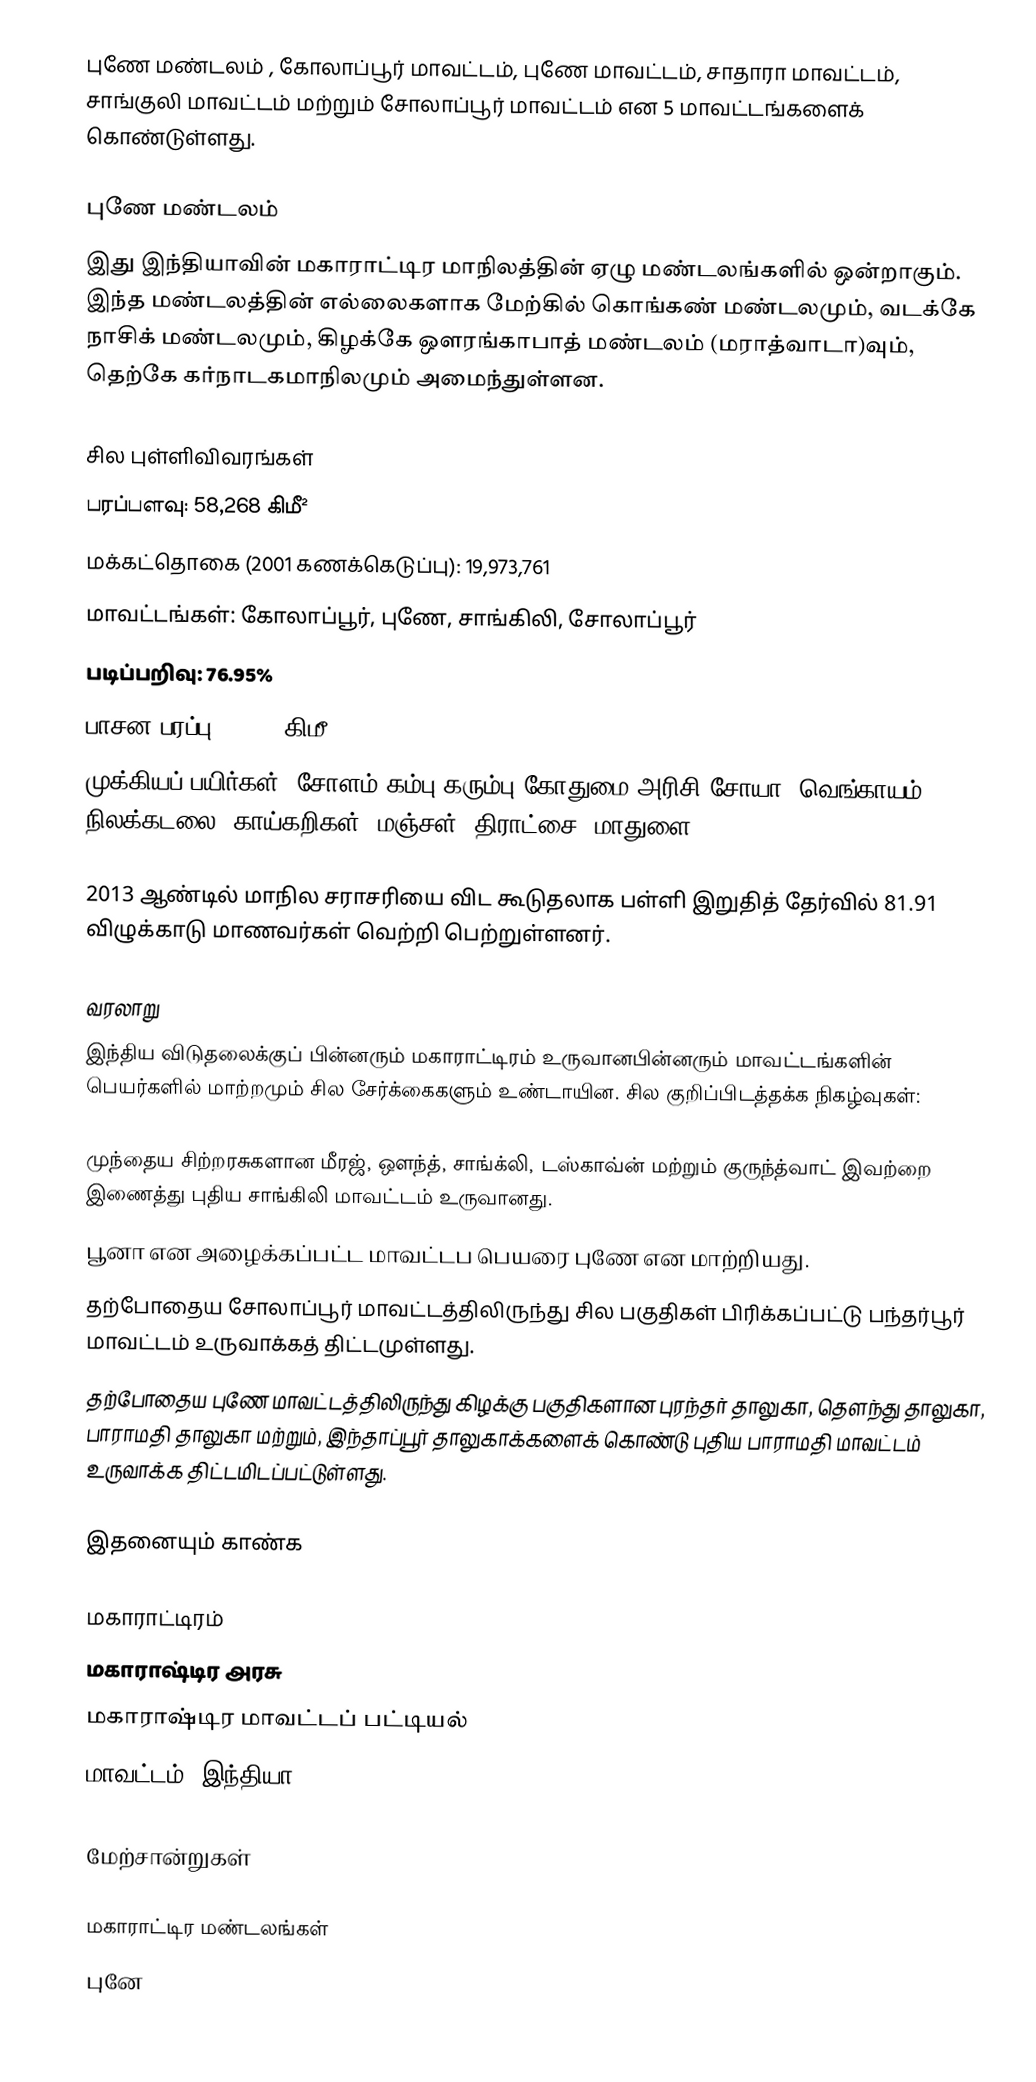
புணே மண்டலம் , கோலாப்பூர் மாவட்டம், புணே மாவட்டம், சாதாரா மாவட்டம், சாங்குலி மாவட்டம் மற்றும் சோலாப்பூர் மாவட்டம் என 5 மாவட்டங்களைக் கொண்டுள்ளது.

புணே மண்டலம்
இது இந்தியாவின் மகாராட்டிர மாநிலத்தின் ஏழு மண்டலங்களில் ஒன்றாகும். இந்த மண்டலத்தின் எல்லைகளாக மேற்கில்  கொங்கண் மண்டலமும், வடக்கே நாசிக் மண்டலமும், கிழக்கே ஔரங்காபாத் மண்டலம் (மராத்வாடா)வும், தெற்கே கர்நாடகமாநிலமும் அமைந்துள்ளன.

சில புள்ளிவிவரங்கள்
 பரப்பளவு: 58,268 கிமீ²
 மக்கட்தொகை (2001 கணக்கெடுப்பு): 19,973,761
 மாவட்டங்கள்: கோலாப்பூர், புணே, சாங்கிலி, சோலாப்பூர்
 படிப்பறிவு: 76.95%
 பாசன பரப்பு: 8,896 கிமீ²
 முக்கியப் பயிர்கள்: சோளம்,கம்பு,கரும்பு,கோதுமை,அரிசி,சோயா, வெங்காயம், நிலக்கடலை, காய்கறிகள், மஞ்சள், திராட்சை, மாதுளை

2013 ஆண்டில் மாநில சராசரியை விட கூடுதலாக பள்ளி இறுதித் தேர்வில் 81.91 விழுக்காடு மாணவர்கள் வெற்றி பெற்றுள்ளனர்.

வரலாறு
இந்திய விடுதலைக்குப் பின்னரும் மகாராட்டிரம் உருவானபின்னரும் மாவட்டங்களின் பெயர்களில் மாற்றமும் சில சேர்க்கைகளும் உண்டாயின. சில குறிப்பிடத்தக்க நிகழ்வுகள்:

 முந்தைய சிற்றரசுகளான மீரஜ், ஔந்த், சாங்க்லி, டஸ்காவ்ன் மற்றும் குருந்த்வாட் இவற்றை இணைத்து புதிய சாங்கிலி மாவட்டம் உருவானது.
 பூனா என அழைக்கப்பட்ட மாவட்டப பெயரை புணே என மாற்றியது.
தற்போதைய சோலாப்பூர் மாவட்டத்திலிருந்து சில பகுதிகள் பிரிக்கப்பட்டு பந்தர்பூர் மாவட்டம் உருவாக்கத் திட்டமுள்ளது.
 தற்போதைய புணே மாவட்டத்திலிருந்து கிழக்கு பகுதிகளான புரந்தர் தாலுகா, தௌந்து தாலுகா, பாராமதி தாலுகா மற்றும், இந்தாப்பூர் தாலுகாக்களைக் கொண்டு புதிய பாராமதி மாவட்டம்  உருவாக்க திட்டமிடப்பட்டுள்ளது.

இதனையும் காண்க

 மகாராட்டிரம்
 மகாராஷ்டிர அரசு
 மகாராஷ்டிர மாவட்டப் பட்டியல்
 மாவட்டம் (இந்தியா)

மேற்சான்றுகள்

மகாராட்டிர மண்டலங்கள்
புனே